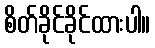
စိတ်ခိုင်ခိုင်ထားပါ။